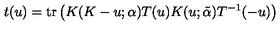
t ( u ) = \mathrm { t r } \left( K ( K - u ; { \bf \alpha } ) T ( u ) K ( u ; \tilde { \bf \alpha } ) T ^ { - 1 } ( - u ) \right)